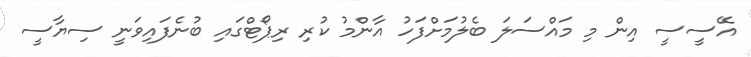
އޭސީސީ އިން މި މައްސަލަ ބެލުމަށްފަހު އާންމު ކުރި ރިޕޯޓްގައި ބުނެފައިވަނީ ސިޔާސީ